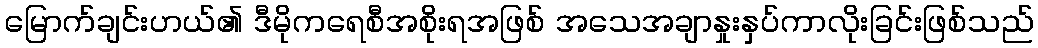
မြောက်ချင်းဟယ်၏ ဒီမိုကရေစီအစိုးရအဖြစ် အသေအချာနှုးနှပ်ကာလိုးခြင်းဖြစ်သည်